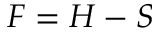
F = H - S